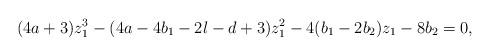
LaTeX: \begin{align*} (4a+3)z_1^3 - (4a-4b_1-2l-d+3)z_1^2 - 4(b_1-2b_2)z_1 - 8b_2 = 0,\end{align*}